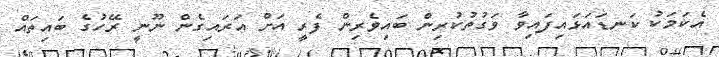
އެކަމަކު ކަނޑައަޅައިފައިވާ ވަގުތުކުރިން ބައިވެރިން ފެރީ އަށް އަރައިގެން ނޫނީ ރޭހުގެ ބައިތައް